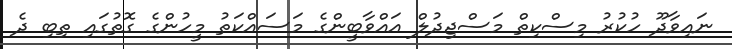
ނައިވާދޫ ހުކުރު މިސްކިތް މަސްޖިދުލް އައްވާބީންގެ މަސައްކަތު މީހުންގެ ގޮތުގައި ތިބި ދެ